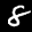
Label: 8